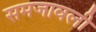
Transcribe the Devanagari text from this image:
समजावली